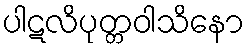
ပါဋလိပုတ္တဝါသိနော